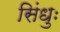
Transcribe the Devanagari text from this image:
सिंधुः